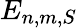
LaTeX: E_{n,m,S}